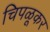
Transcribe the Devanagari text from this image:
चिपळूकर